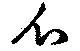
爪